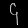
Digit: ၄